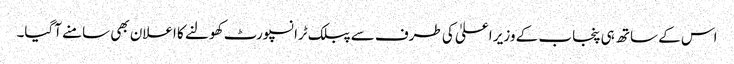
اس کے ساتھ ہی پنجاب کے وزیر اعلیٰ کی طرف سے پبلک ٹرانسپورٹ کھولنے کا اعلان بھی سامنے آگیا۔